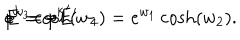
E = - E ^ { \prime } \hspace { 0 . 5 c m } p ^ { k } = { p ^ { k } } ^ { \prime } \hspace { 0 . 5 c m } e ^ { w _ { 3 } } \cosh ( w _ { 4 } ) = e ^ { w _ { 1 } } \cosh ( w _ { 2 } ) .